Report on the bubonic plague in Bombay, 1896-1897
Year: 1896
Disease focus: Plague
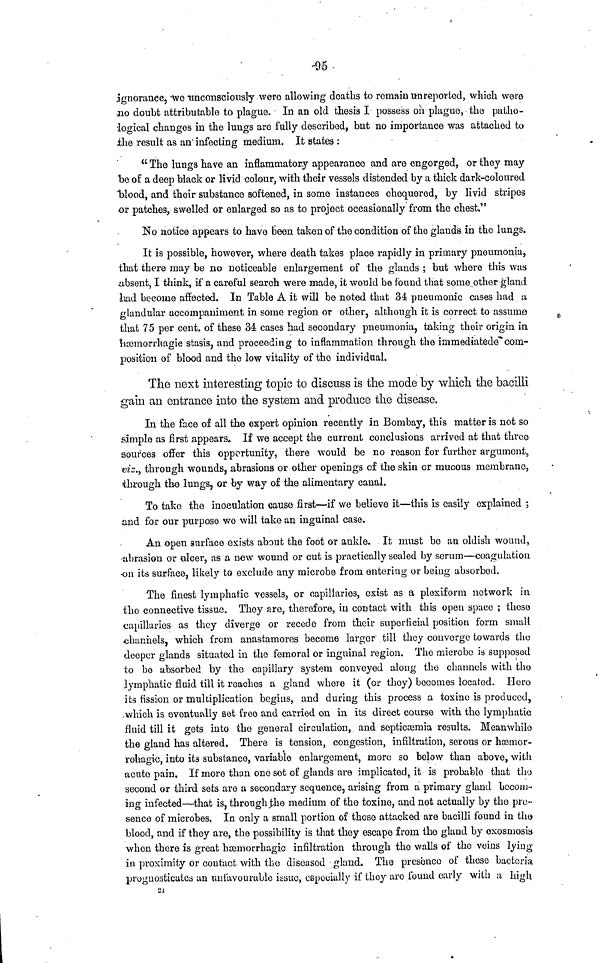
95
ignorance, we unconsciously were allowing deaths to remain unreported, which were
110 doubt attributable to plague. In an old thesis I possess on plague, the patho-
logical changes in the lungs are fully described, but no importance was attached to
the result as an infecting medium. It states :
"The lungs have an inflammatory appearance and are engorged, or they may
bo of a deep black or livid colour, with their vessels distended by a thick dark-coloured
blood, and their substance softened, in some instances chequered, by livid stripes
or patches, swelled or enlarged so as to project occasionally from the chest."
No notice appears to have been taken of the condition of the glands in the lungs.
It is possible, however, where death takes place rapidly in primary pneumonia,
that there may be no noticeable enlargement of the glands ; but where this was
absent, I think, if a careful search were made, it would be found that some other gland
liad become affected. In Table A it will be noted that 34 pneumonic cases had a
glandular accompaniment in some region or other, although it is correct to assume
that 75 per cent, of these 34 cases had secondary pneumonia, taking their origin in
lisomorrhagie stasis, and proceeding to inflammation through the immediatede com-
position of blood and the low vitality of the individual.
The next interesting topic to discuss is the mode by which the bacilli
gain an entrance into the system and produce the disease.
In the face of all the expert opinion recently in Bombay, this matter is not so
simple as first appears. If we accept the current conclusions arrived at that three
sources offer this opportunity, there would be no reason for further argument,
viz., through wounds, abrasions or other openings of the skin or mucous membrane,
through the lungs, or by way of the alimentary canal.
To take the inoculation cause first—if we believe it—this is easily explained ;
and for our purpose wo will take an inguinal case.
An open surface exists about the foot or ankle. It must be an oldish wound,
abrasion or ulcer, as a new wound or cut is practically sealed by serum—coagulation
on its surface, likely to exclude any microbe from entering or being absorbed.
The finest lymphatic vessels, or capillaries, exist as a plexiform network in
the connective tissue. They are, therefore, in contact with this open space ; these
capillaries as they diverge or recede from their superficial position form small
channels, which from anastamores become larger till they converge towards the
deeper glands situated in the femoral or inguinal region. The microbe is supposed
to bo absorbed by the capillary system conveyed along the channels with the
lymphatic fluid till it reaches a gland where it (or they) becomes located. Here
its fission or multiplication begins, and during this process a toxine is produced,
which is eventually set free and carried on in its direct course with the lymphatic
fluid till it gets into the general circulation, and sopticæmia results. Meanwhile
the gland has altered, There is tension, congestion, infiltration, serous or hæmor-
rohagic, into its substance, variable enlargement, more so below than above, with
acute pain. If more than one set of glands are implicated, it is probable that the
second or third sets are a secondary sequence, arising from a primary gland becom
ing infected—that is, through the medium of the toxine, and not actually by the pre-
sence of microbes. In only a small portion of those attacked are bacilli found in the
blood, and if they are, the possibility is that they escape from the gland by exosmosis
when there is great hæmorrhagic infiltration through the walls of the veins lying
in proximity or contact with the diseased gland. The presence of these bacteria
prognosticates an unfavourable issue, especially if they are found early with a high
21